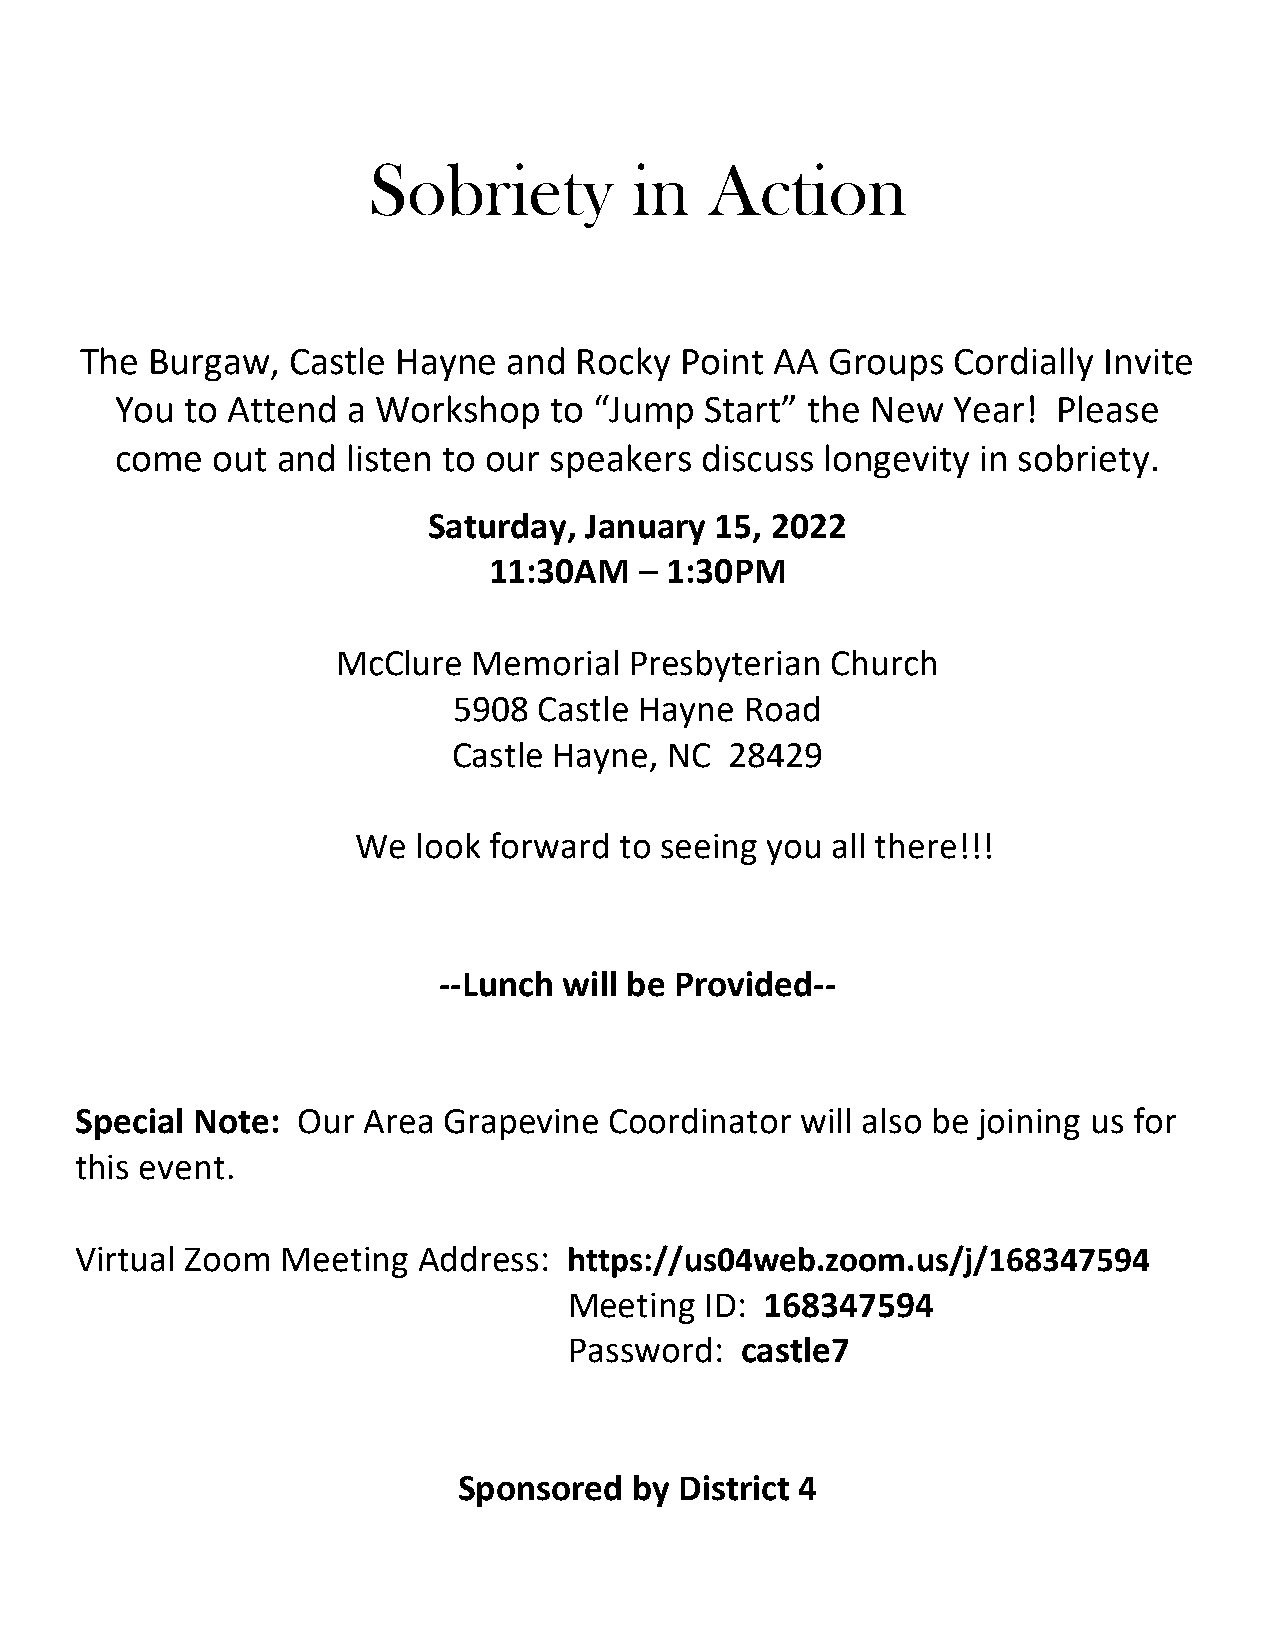
Sobriety          in   Action
 The  Burgaw,  Castle Hayne   and Rocky  Point AA  Groups  Cordially Invite
 You to Attend  a Workshop   to “Jump   Start” the New  Year!  Please
 come  out and  listen to our speakers discuss  longevity in sobriety.
 Saturday,  January 15, 2022
 11:30AM   – 1:30PM
 McClure  Memorial   Presbyterian Church
 5908  Castle Hayne Road
 Castle Hayne, NC  28429
 We  look forward to seeing you all there!!!
 --Lunch will be Provided--
 Special Note:  Our Area Grapevine  Coordinator  will also be joining us for
 this event.
 Virtual Zoom  Meeting  Address:  https://us04web.zoom.us/j/168347594
 Meeting  ID: 168347594
 Password:  castle7
 Sponsored   by District 4